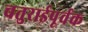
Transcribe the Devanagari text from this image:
चतुराईपूर्वक